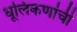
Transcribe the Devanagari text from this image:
धूलिकणांची